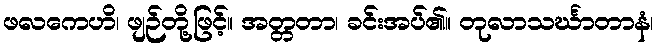
ဖလကေဟိ၊ ဖျဉ်တို့ဖြင့်။ အတ္တတာ၊ ခင်းအပ်၏။ တုလာသင်္ဃာတာနံ၊